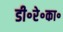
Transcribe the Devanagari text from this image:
डी॰रे॰का॰